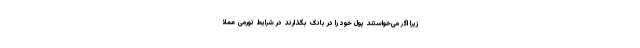
زیرا اگر می‌خواستند پول خود را در بانک بگذارند در شرایط تورمی عملا